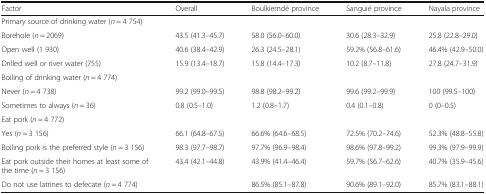
<table><thead><tr><td><b>Factor</b></td><td><b>Overall</b></td><td><b>Boulkiemdé province</b></td><td><b>Sanguié province</b></td><td><b>Nayala province</b></td></tr></thead><tbody><tr><td>Primary source of drinking water (<i>n</i> = 4 754)</td><td></td><td></td><td></td><td></td></tr><tr><td>Borehole (<i>n</i> = 2069)</td><td>43.5 (41.3–45.7)</td><td>58.0 (56.0–60.0)</td><td>30.6 (28.3–32.9)</td><td>25.8 (22.8–29.0)</td></tr><tr><td>Open well (1 930)</td><td>40.6 (38.4–42.9)</td><td>26.3 (24.5–28.1)</td><td>59.2% (56.8–61.6)</td><td>46.4% (42.9–50.0)</td></tr><tr><td>Drilled well or river water (755)</td><td>15.9 (13.4–18.7)</td><td>15.8 (14.4–17.3)</td><td>10.2 (8.7–11.8)</td><td>27.8 (24.7–31.9)</td></tr><tr><td>Boiling of drinking water (<i>n</i> = 4 774)</td><td></td><td></td><td></td><td></td></tr><tr><td>Never (<i>n</i> = 4 738)</td><td>99.2 (99.0–99.5)</td><td>98.8 (98.2–99.2)</td><td>99.6 (99.2–99.9)</td><td>100 (99.5–100)</td></tr><tr><td>Sometimes to always (<i>n</i> = 36)</td><td>0.8 (0.5–1.0)</td><td>1.2 (0.8–1.7)</td><td>0.4 (0.1–0.8)</td><td>0 (0–0.5)</td></tr><tr><td>Eat pork (<i>n</i> = 4 772)</td><td></td><td></td><td></td><td></td></tr><tr><td>Yes (<i>n</i> = 3 156)</td><td>66.1 (64.8–67.5)</td><td>66.6% (64.6–68.5)</td><td>72.5% (70.2–74.6)</td><td>52.3% (48.8–55.8)</td></tr><tr><td>Boiling pork is the preferred style (<i>n</i> = 3 156)</td><td>98.3 (97.7–98.7)</td><td>97.7% (96.9–98.4)</td><td>98.6% (97.8–99.2)</td><td>99.3% (97.9–99.9)</td></tr><tr><td>Eat pork outside their homes at least some of the time (<i>n</i> = 3 156)</td><td>43.4 (42.1–44.8)</td><td>43.9% (41.4–46.4)</td><td>59.7% (56.7–62.6)</td><td>40.7% (35.9–45.6)</td></tr><tr><td>Do not use latrines to defecate (<i>n</i> = 4 774)</td><td></td><td>86.5% (85.1–87.8)</td><td>90.6% (89.1–92.0)</td><td>85.7% (83.1–88.1)</td></tr></tbody></table>